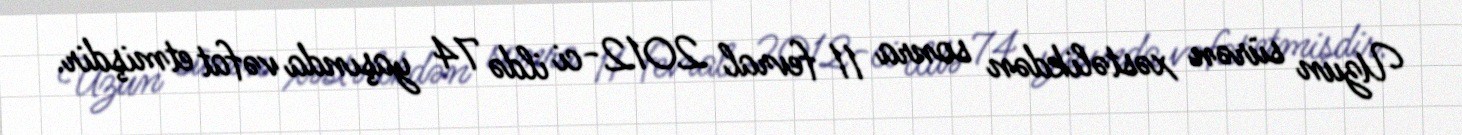
Uzun sürən xəstəlikdən sonra 11 fevral 2012-ci ildə 74 yaşında vəfat etmişdir.